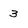
Character: 3